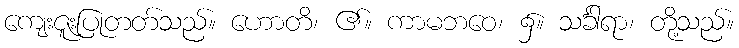
ကျေးဇူးပြုတတ်သည်။ ဟောတိ၊ ၏။ ကာမဘဝေ၊ ၌။ သင်္ခါရာ၊ တို့သည်။